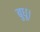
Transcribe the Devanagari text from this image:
बुधू।